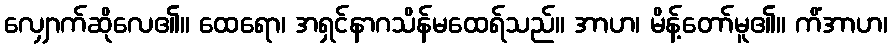
လျှောက်ဆိုလေ၏။ ထေရော၊ အရှင်နာဂသိန်မထေရ်သည်။ အာဟ၊ မိန့်တော်မူ၏။ ကိံအာဟ၊